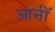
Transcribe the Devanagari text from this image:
आर्नॉ